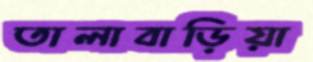
তালাবাড়িয়া